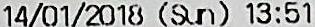
14/01/2018 (SUN) 13:51